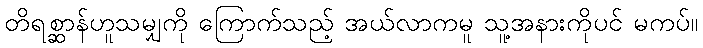
တိရစ္ဆာန်ဟူသမျှကို ကြောက်သည့် အယ်လာကမူ သူ့အနားကိုပင် မကပ်။